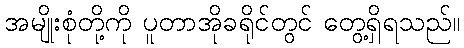
အမျိုးစုံတို့ကို ပူတာအိုခရိုင်တွင် တွေ့ရှိရသည်။